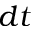
d t